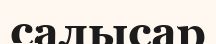
салысар